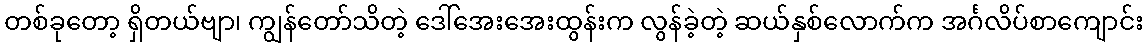
တစ်ခုတော့ ရှိတယ်ဗျာ၊ ကျွန်တော်သိတဲ့ ဒေါ်အေးအေးထွန်းက လွန်ခဲ့တဲ့ ဆယ်နှစ်လောက်က အင်္ဂလိပ်စာကျောင်း